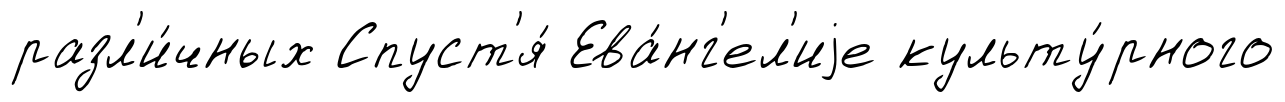
разл'и́чных Спуст'я́ Ева́нг'ел'иjе культу́рного